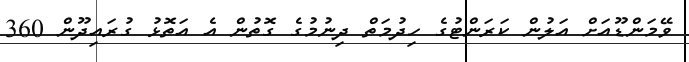
ވޭމަންޑޫއަށް އަލުން ކަރަންޓުގެ ހިދުމަތް ދިނުމުގެ ގޮތުން އެ އަތޮޅު ގުރައިދޫން 360